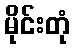
မိုင်းတုံ